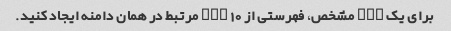
برای یک URL مشخص، فهرستی از 10 URL مرتبط در همان دامنه ایجاد کنید.